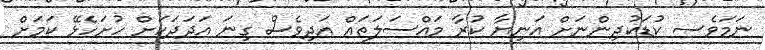
ނަމަވެސ ކުޑަކުދިންނަށް އަނިޔާ ކުރާ މައްސަލަތައް އަދިވެސް ގިނަ އަދަދަކަށް ހުށަހެޅޭ ކަމަށް